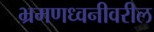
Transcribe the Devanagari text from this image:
भ्रमणध्वनीवरील